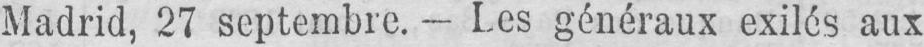
Madrid, 27 septembre. - Les généraux exilés aux